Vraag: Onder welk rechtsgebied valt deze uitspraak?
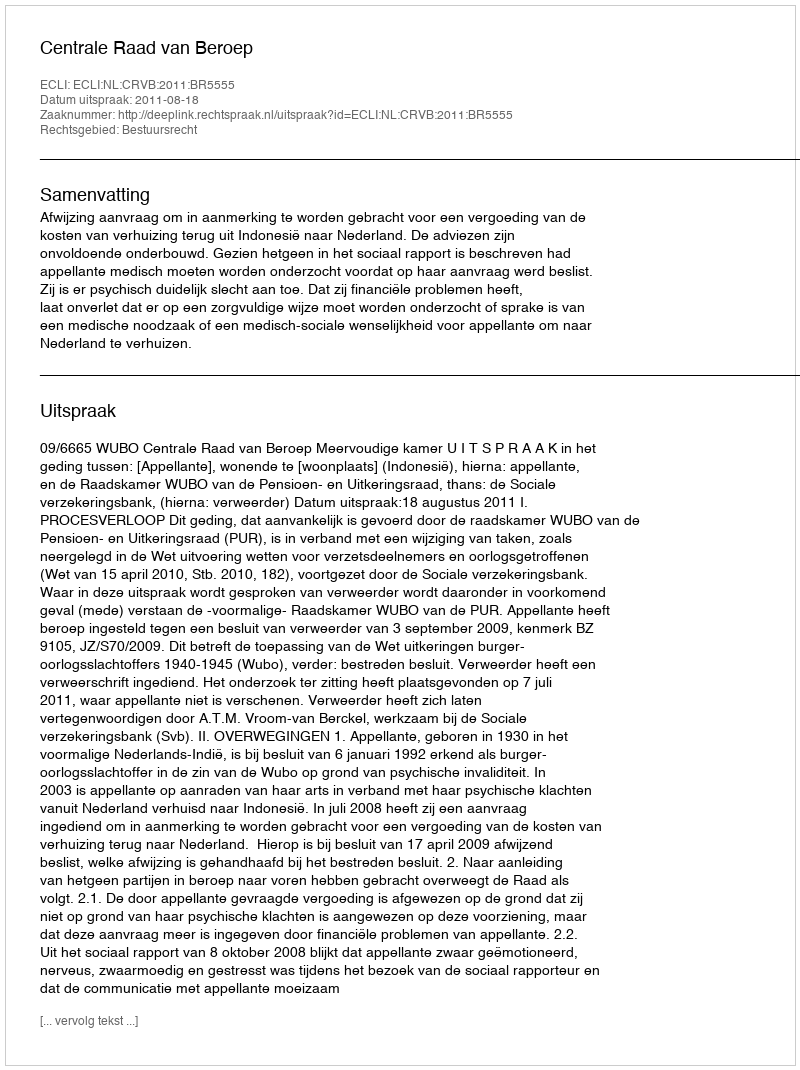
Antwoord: Bestuursrecht